Annual report on the mental hospital in the Central Provinces and Berar (Nagpur) - 1927-1951
Year: 1927
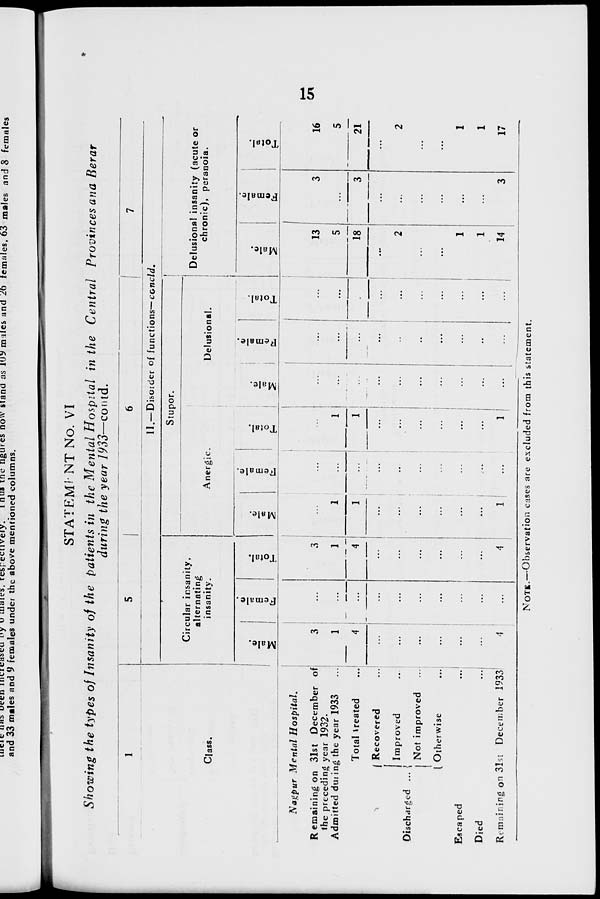
15
STATEMENT No. VI
Showing the types of Insanity of the patients in the Mental Hospital in the Central Provinces ana Berar
during the year 1933—contd.
1
Class.
Nagpur Mental
Hospital.
Remaining on 31st December of
the preceding year 1932.
Admitted during the year 1933 ...
Total treated
...
Discharged ...
Recovered
...
Improved
...
Not improved ...
Otherwise
...
Escaped ...
Died
...
Remaining on 31st December 1933
5
6
7
II.—Disorder of functions—concld.
Circular insanity,
alternating
insanity.
Male.
3
1
4
...
...
...
...
...
...
4
Female.
...
...
...
...
...
...
...
...
...
...
Total.
3
1
4
...
...
...
...
...
...
4
Stupor.
Anergic.
Male.
...
1
1
...
...
...
...
...
...
1
Female.
...
...
...
...
...
...
...
...
...
...
Total.
...
1
1
...
...
...
...
...
...
1
Delusional.
Male.
...
...
...
...
...
...
...
...
...
...
Female.
...
...
...
...
...
...
...
...
...
...
Total.
...
...
...
...
...
...
...
...
...
...
Delusional insanity (acute or
chronic), peranoia.
Male.
13
5
18
...
2
...
...
1
1
14
Female.
3
...
3
...
...
...
...
...
...
3
Total.
16
5
21
...
2
...
...
1
1
17
NOTE.—Observation cases are excluded from this statement.